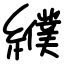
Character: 纀